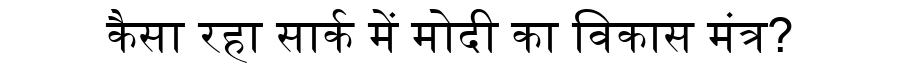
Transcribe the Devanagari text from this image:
कैसा रहा सार्क में मोदी का विकास मंत्र?